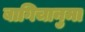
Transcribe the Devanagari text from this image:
बागिचानुमा